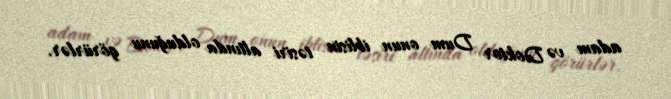
adam və Doktor Dum onun iblisin təsiri altında olduğunu görürlər.